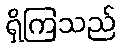
ရှိကြသည်